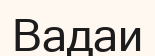
Вадаи